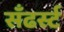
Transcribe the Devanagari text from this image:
सँढर्स्ट